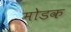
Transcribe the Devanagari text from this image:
माेडक